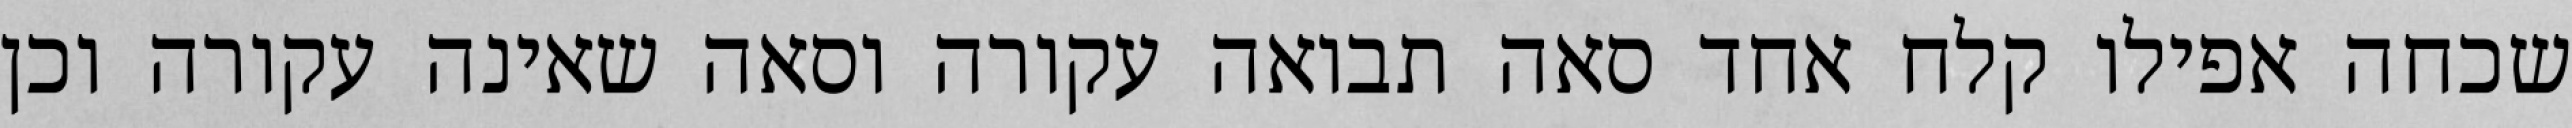
שכחה אפילו קלח אחד סאה תבואה עקורה וסאה שאינה עקורה וכן